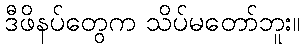
ဒီဖိနပ်တွေက သိပ်မတော်ဘူး။